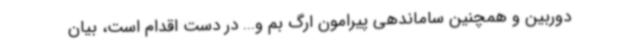
دوربین و همچنین ساماندهی پیرامون ارگ بم و... در دست اقدام است، بیان